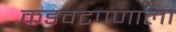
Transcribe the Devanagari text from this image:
कडवटपणाला